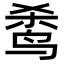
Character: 𬸌